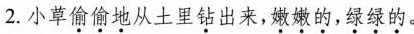
2.小草\underset{·}{偷}\underset{·}{偷}\underset{·}{地}从土里\underset{·}{钻}出来,\underset{·}{嫩}\underset{·}{嫩}\underset{·}{的},\underset{·}{绿}\underset{·}{绿}\underset{·}{的}。